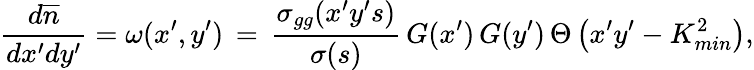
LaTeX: \frac{d\overline{{n}}}{dx^{\prime}dy^{\prime}}=\omega(x^{\prime},y^{\prime})\, =\, \frac{\sigma_{gg}(x^{\prime}y^{\prime}s)}{\sigma(s)}\, G(x^{\prime})\, G(y^{\prime})\, \Theta\left(x^{\prime}y^{\prime}-K_{min}^{2}\right),